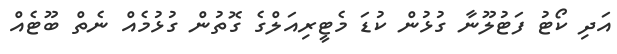
އަދި ކޯޓު ފަޓުލޫނާ ގުޅުން ކުޑަ މެޓީރިއަލްގެ ގޮތުން ގުޅުމެއް ނެތް ބޫޓެއް